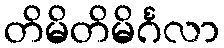
တိမိတိမိင်္ဂလာ